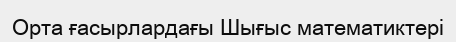
Орта ғасырлардағы Шығыс математиктері